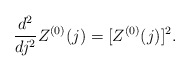
\begin{align*}\frac{d^2}{dj^2}Z^{(0)}(j)=[Z^{(0)}(j)]^2.\end{align*}